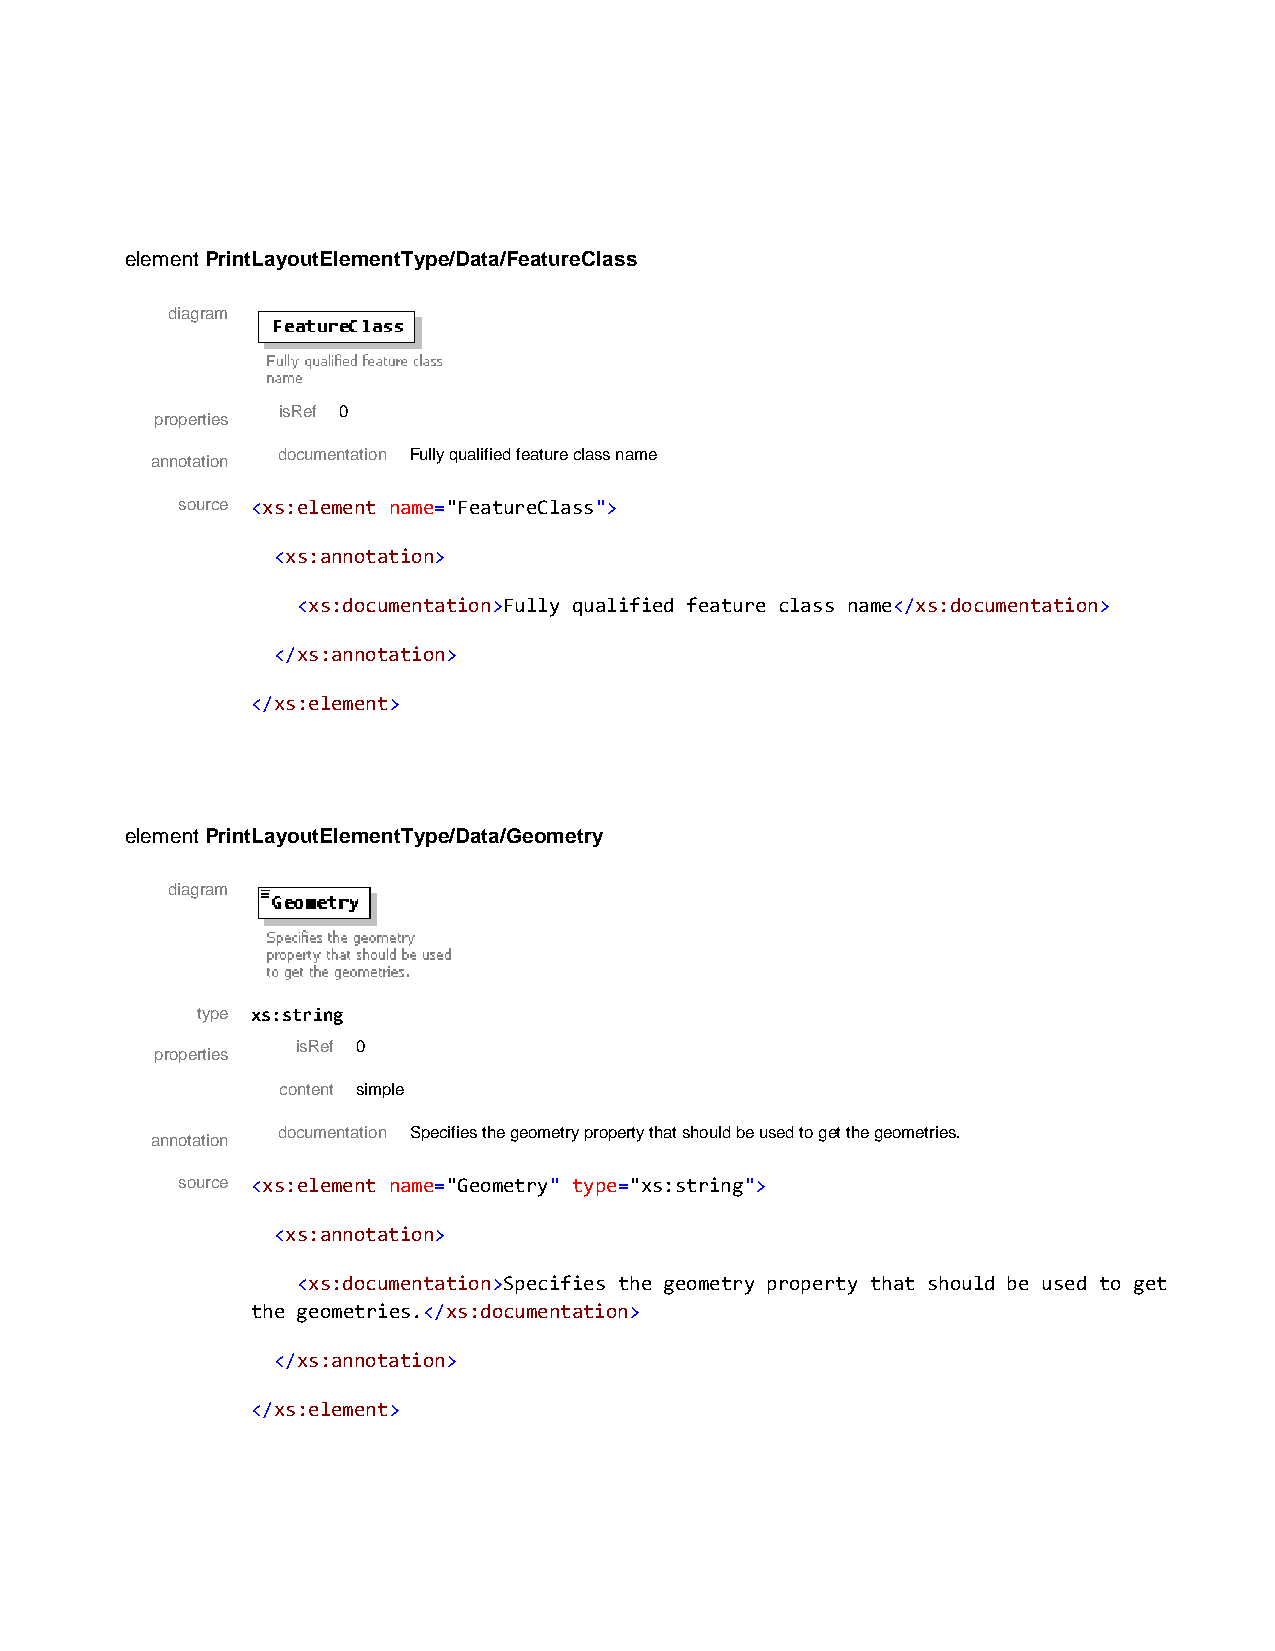
element PrintLayoutElementType/Data/FeatureClass
 diagram
 isRef 0
 properties
 documentation Fully qualified feature class name
 annotation
 source <xs:element name="FeatureClass">
 <xs:annotation>
 <xs:documentation>Fully qualified feature class name</xs:documentation>
 </xs:annotation>
 </xs:element>
 element PrintLayoutElementType/Data/Geometry
 diagram
 type xs:string
 isRef 0
 properties
 content simple
 documentation Specifies the geometry property that should be used to get the geometries.
 annotation
 source <xs:element name="Geometry" type="xs:string">
 <xs:annotation>
 <xs:documentation>Specifies the geometry property that should be used to get
 the geometries.</xs:documentation>
 </xs:annotation>
 </xs:element>